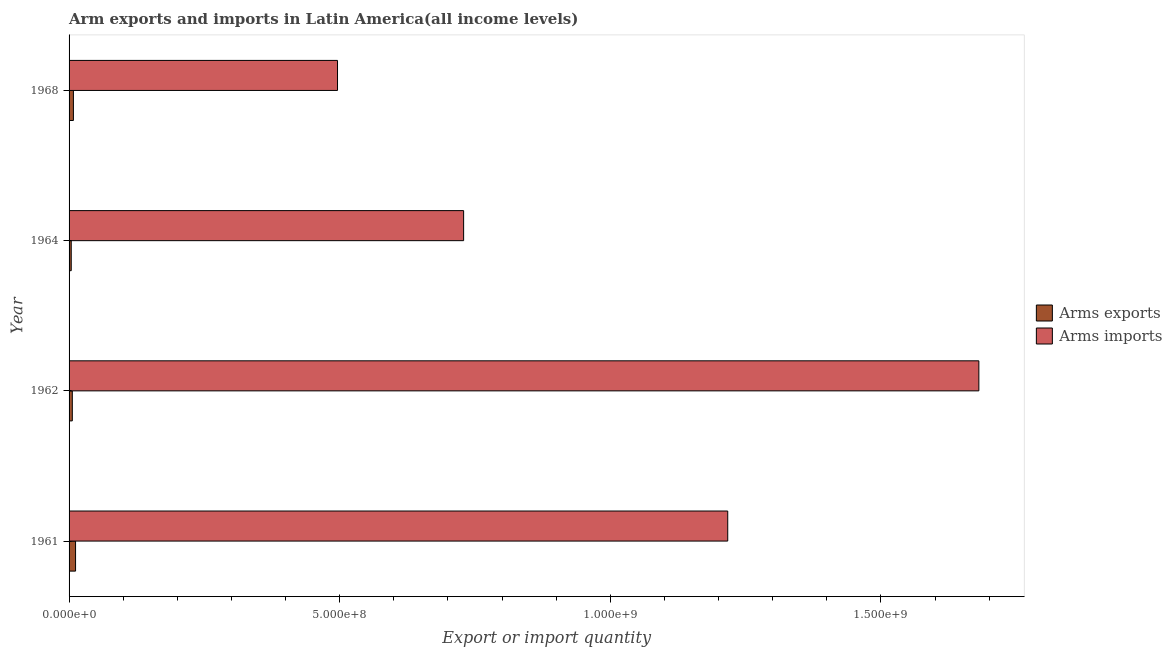
| Year | Arms exports | Arms imports |
 | --- | --- | --- |
 | 1961 | 1.2e+07 | 1.22e+09 |
 | 1962 | 6e+06 | 1.68e+09 |
 | 1964 | 4e+06 | 7.29e+08 |
 | 1968 | 8e+06 | 4.96e+08 |